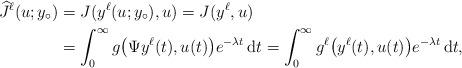
LaTeX: \begin{align*}\widehat J^\ell(u;y_\circ)&=J(y^\ell(u;y_\circ),u)=J(y^\ell,u)\\&=\int_0^\infty g\big(\Psi y^\ell(t),u(t)\big)e^{-\lambda t}\,\mathrm dt=\int_0^\infty g^\ell\big(y^\ell(t),u(t)\big)e^{-\lambda t}\,\mathrm dt,\end{align*}